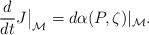
LaTeX: \begin{align*}\frac{d}{dt}J\big\vert_\mathcal M=d\alpha(P,\zeta)\vert_\mathcal M.\end{align*}